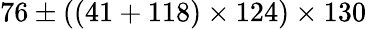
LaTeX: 76\pm((41+118)\times 124)\times 130